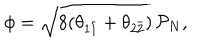
LaTeX: \phi = \sqrt { 8 ( \theta _ { 1 \bar { 1 } } + \theta _ { 2 \bar { 2 } } ) } \, \mathcal { P } _ { N } ,